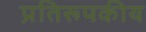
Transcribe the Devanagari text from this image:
प्रतिरूपकीय